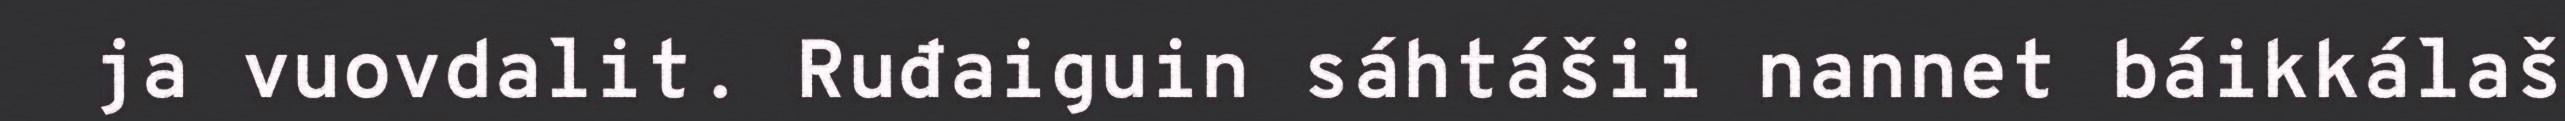
ja vuovdalit. Ruđaiguin sáhtášii nannet báikkálaš